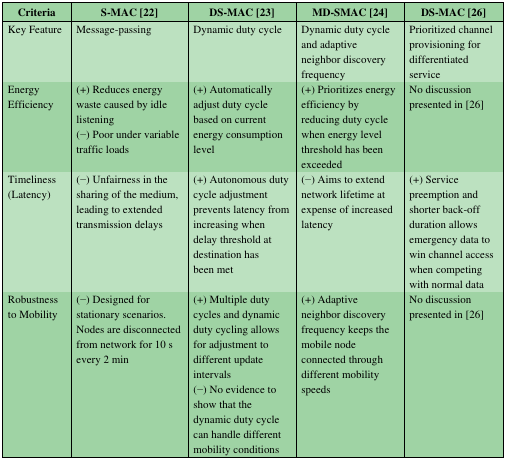
| Criteria | S-MAC [22] | DS-MAC [23] | MD-SMAC [24] | DS-MAC [26] |
 | --- | --- | --- | --- | --- |
 | Key Feature | Message-passing | Dynamic duty cycle | Dynamic duty cycle and adaptive neighbor discovery frequency | Prioritized channel provisioning for differentiated service |
 | Energy Efficiency | (+) Reduces energy waste caused by idle listening(–) Poor under variable traffic loads | (+) Automatically adjust duty cycle based on current energy consumption level | (+) Prioritizes energy efficiency by reducing duty cycle when energy level threshold has been exceeded | No discussion presented in [26] |
 | Timeliness (Latency) | (–) Unfairness in the sharing of the medium, leading to extended transmission delays | (+) Autonomous duty cycle adjustment prevents latency from increasing when delay threshold at destination has been met | (–) Aims to extend network lifetime at expense of increased latency | (+) Service preemption and shorter back-off duration allows emergency data to win channel access when competing with normal data |
 | Robustness to Mobility | (–) Designed for stationary scenarios. Nodes are disconnected from network for 10 s every 2 min | (+) Multiple duty cycles and dynamic duty cycling allows for adjustment to different update intervals(–) No evidence to show that the dynamic duty cycle can handle different mobility conditions | (+) Adaptive neighbor discovery frequency keeps the mobile node connected through different mobility speeds | No discussion presented in [26] |